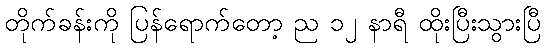
တိုက်ခန်းကို ပြန်ရောက်တော့ ည ၁၂ နာရီ ထိုးပြီးသွားပြီ